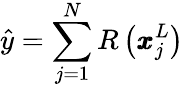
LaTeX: \hat{y}=\sum_{j=1}^{N}R\left(\pmb{x}_{j}^{L}\right)